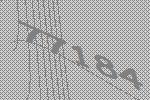
77184